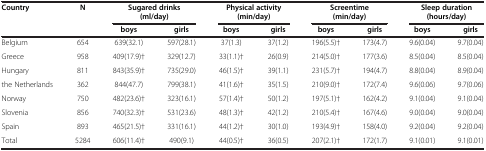
| Country | N | <COLSPAN=2> Sugared drinks (ml/day) | <COLSPAN=2> Physical activity (min/day) | <COLSPAN=2> Screentime (min/day) | <COLSPAN=2> Sleep duration (hours/day) |
 | --- | --- | --- | --- | --- | --- | --- | --- | --- | --- |
 |  |  | boys | girls | boys | girls | boys | girls | boys | girls |
 | Belgium | 654 | 639(32.1) | 597(28.1) | 37(1.3) | 37(1.2) | 196(5.5)† | 173(4.7) | 9.6(0.04) | 9.7(0.04) |
 | Greece | 958 | 409(17.9)† | 329(12.7) | 33(1.1)† | 26(0.9) | 214(5.0)† | 177(3.6) | 8.5(0.04) | 8.5(0.04) |
 | Hungary | 811 | 843(35.9)† | 735(29.0) | 46(1.5)† | 39(1.1) | 231(5.7)† | 194(4.7) | 8.8(0.04) | 8.9(0.04) |
 | the Netherlands | 362 | 844(47.7) | 799(38.1) | 41(1.6)† | 35(1.5) | 210(9.0)† | 172(7.4) | 9.6(0.06) | 9.7(0.06) |
 | Norway | 750 | 482(23.6)† | 323(16.1) | 57(1.4)† | 50(1.2) | 197(5.1)† | 162(4.2) | 9.1(0.04) | 9.1(0.04) |
 | Slovenia | 856 | 740(32.3)† | 531(23.6) | 48(1.3)† | 42(1.2) | 210(5.4)† | 167(4.6) | 9.0(0.04) | 9.0(0.04) |
 | Spain | 893 | 465(21.5)† | 331(16.1) | 44(1.2)† | 30(1.0) | 193(4.9)† | 158(4.0) | 9.2(0.04) | 9.2(0.04) |
 | Total | 5284 | 606(11.4)† | 490(9.1) | 44(0.5)† | 36(0.5) | 207(2.1)† | 172(1.7) | 9.1(0.01) | 9.1(0.01) |